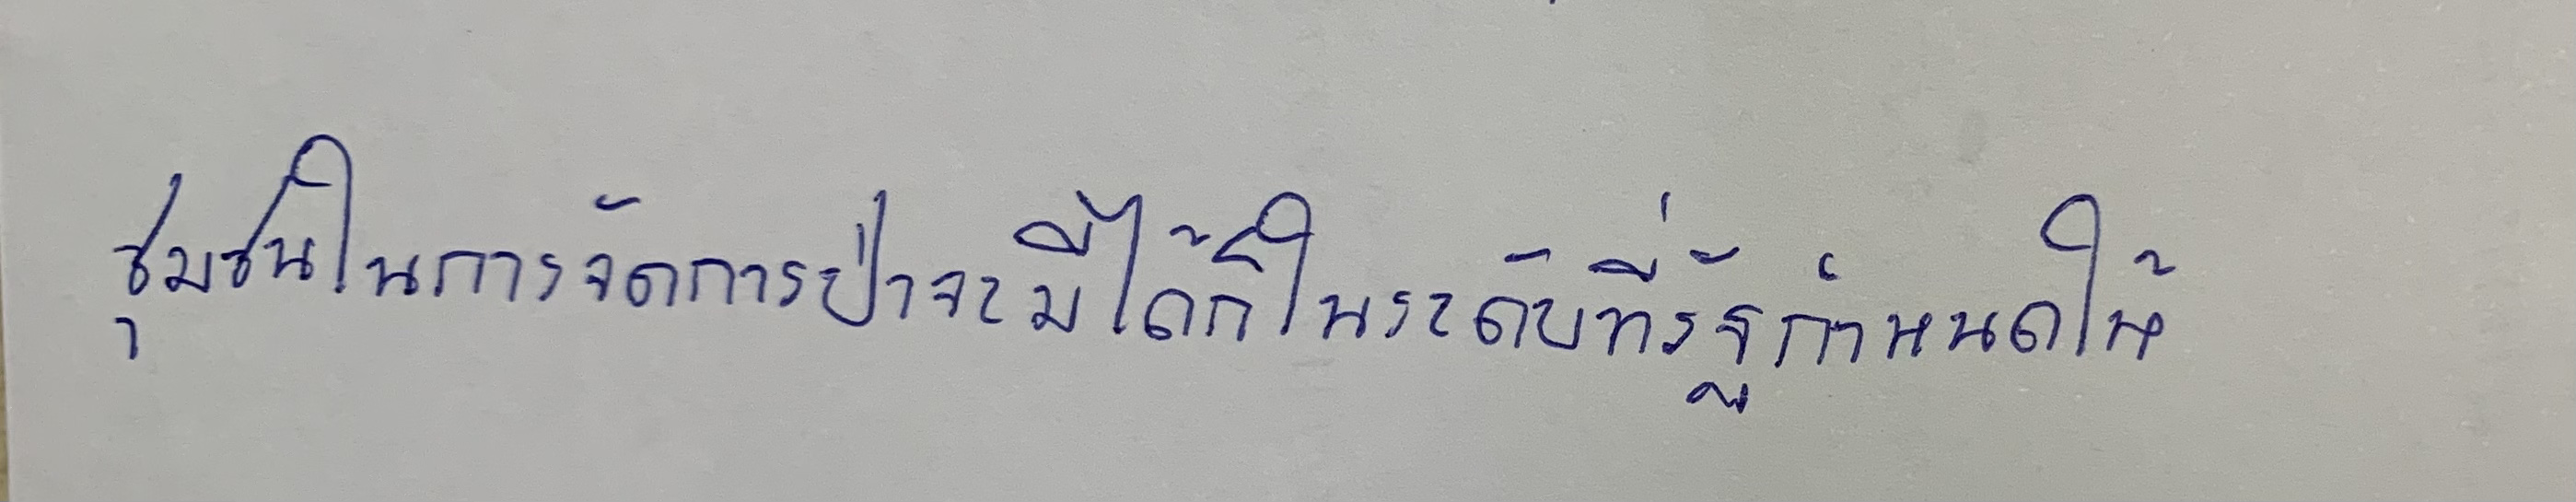
ชุมชนในการจัดการป่าจะมีได้ก็ในระดับที่รัฐกำหนดให้